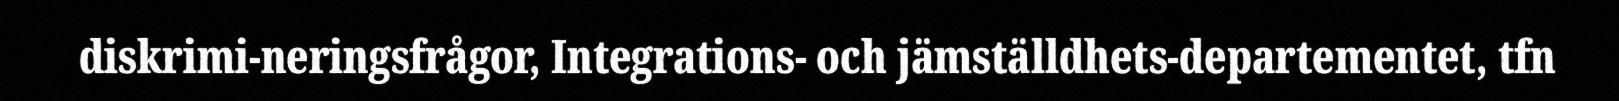
diskrimi-neringsfrågor, Integrations- och jämställdhets-departementet, tfn